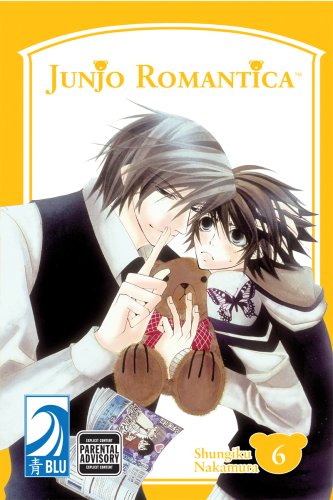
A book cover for JUNJO ROMANTICA Volume 6: (Yaoi) (v. 6); Shungiku Nakamura; Comics & Graphic Novels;